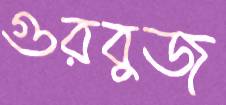
গুরবুজ